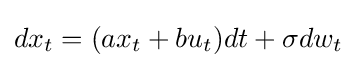
dx_{t}=(ax_{t}+bu_{t})dt+\sigma dw_{t}